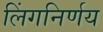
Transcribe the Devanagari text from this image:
लिंगनिर्णय